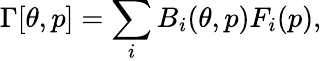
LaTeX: \Gamma[\theta,p]=\sum_{i}B_{i}(\theta,p)F_{i}(p),